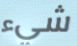
شيء